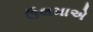
ઉલમાએ